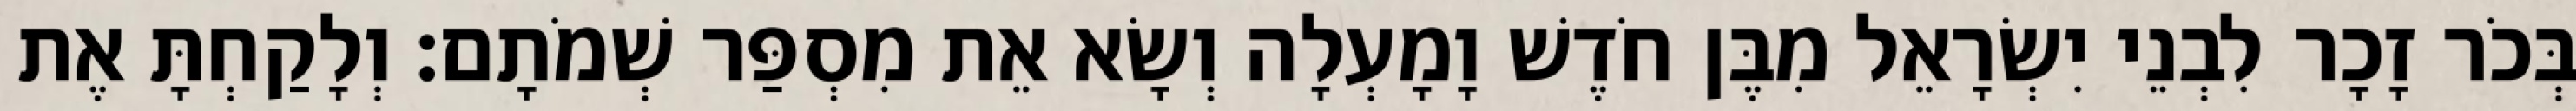
בְּכֹר זָכָר לִבְנֵי יִשְׂרָאֵל מִבֶּן חֹדֶשׁ וָמָעְלָה וְשָׂא אֵת מִסְפַּר שְׁמֹתָם׃ וְלָקַחְתָּ אֶת